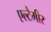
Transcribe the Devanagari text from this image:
एल्टैमीर